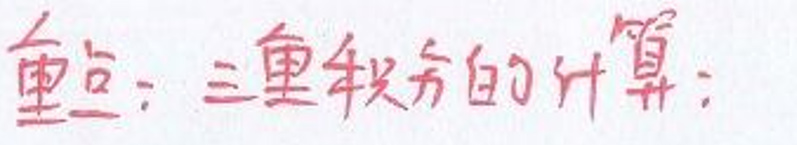
重点：三重积分的计算；